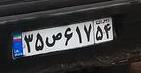
۳۵ص۶۱۷۵۴